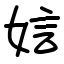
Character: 娮